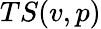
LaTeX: TS(v,p)